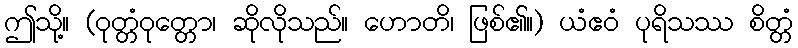
ဤသို့။ (ဝုတ္တံဝုတ္တော၊ ဆိုလိုသည်။ ဟောတိ၊ ဖြစ်၏။) ယံဧဝံ ပုရိသဿ စိတ္တံ